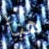
هيا